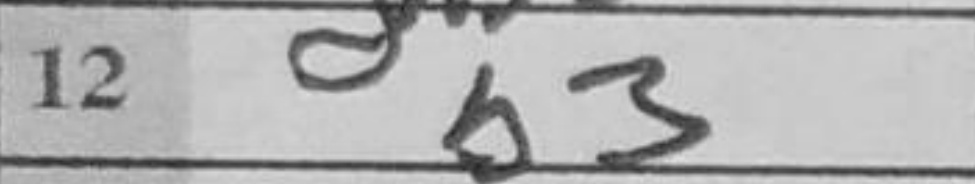
Transcription: b3